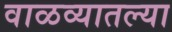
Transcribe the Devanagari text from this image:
वाळव्यातल्या